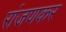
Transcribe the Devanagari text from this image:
रांजणकर